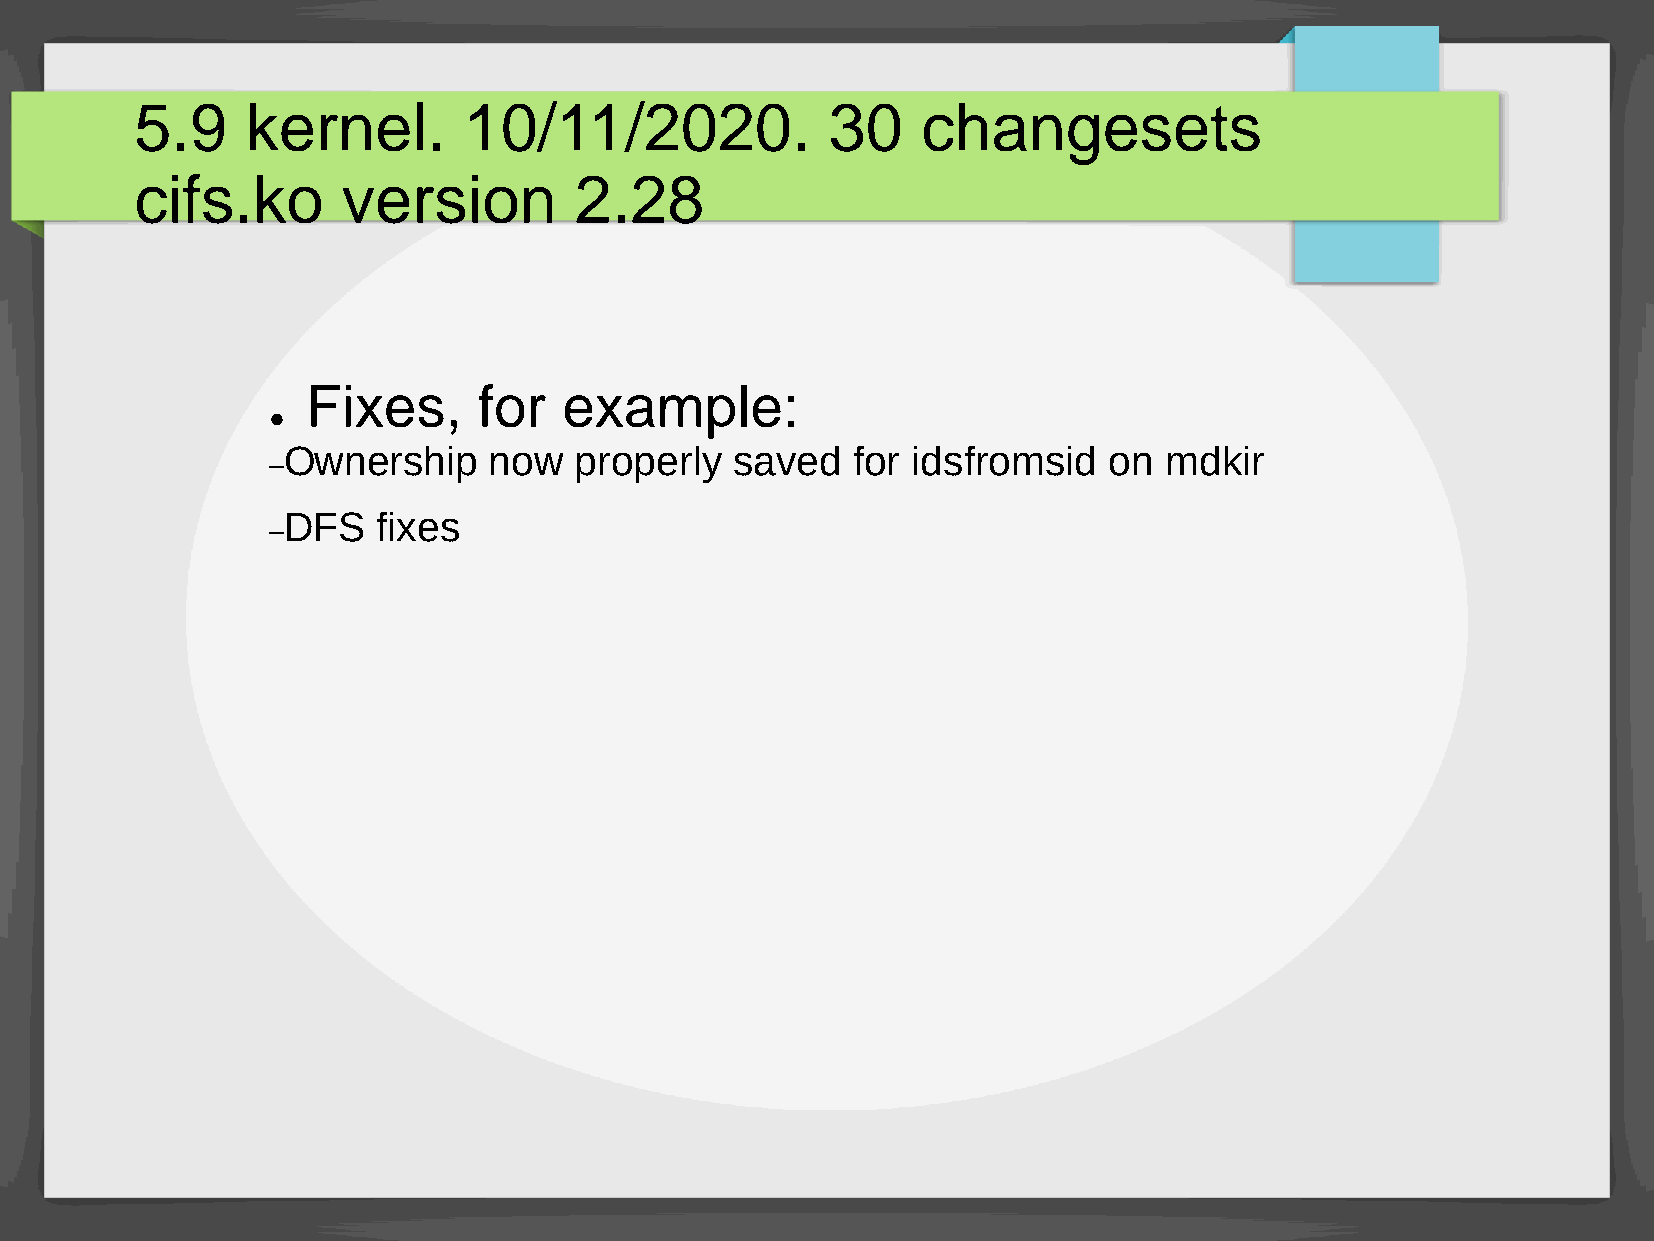
5.9    kernel.        10/11/2020.             30    changesets
 cifs.ko       version        2.28
 Fixes,      for  example:
 ●
 Ownership    now   properly   saved  for idsfromsid   on  mdkir
 –
 DFS   fixes
 –